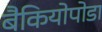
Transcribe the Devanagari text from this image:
बैकियोपोडा